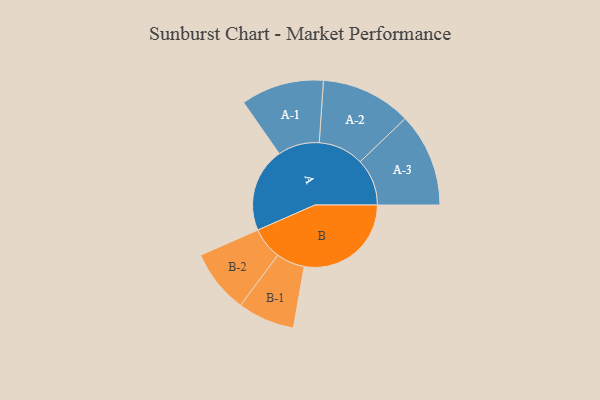
{"axis": {"x": "Segment", "y": "Value"}, "legend": ["", "A", "B"], "data": [{"x": "A", "y": 376, "type": ""}, {"x": "B", "y": 477, "type": ""}, {"x": "A-1", "y": 185, "type": "A"}, {"x": "A-2", "y": 202, "type": "A"}, {"x": "A-3", "y": 209, "type": "A"}, {"x": "B-1", "y": 127, "type": "B"}, {"x": "B-2", "y": 142, "type": "B"}]}